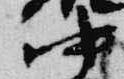
中